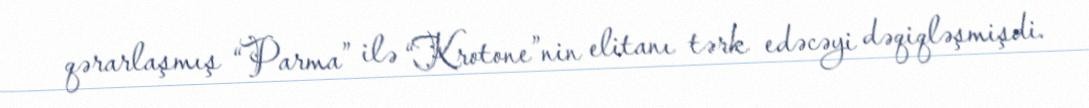
qərarlaşmış “Parma” ilə “Krotone”nin elitanı tərk edəcəyi dəqiqləşmişdi.